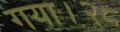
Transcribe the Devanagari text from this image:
गया।२८